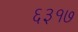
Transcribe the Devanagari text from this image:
६३१७